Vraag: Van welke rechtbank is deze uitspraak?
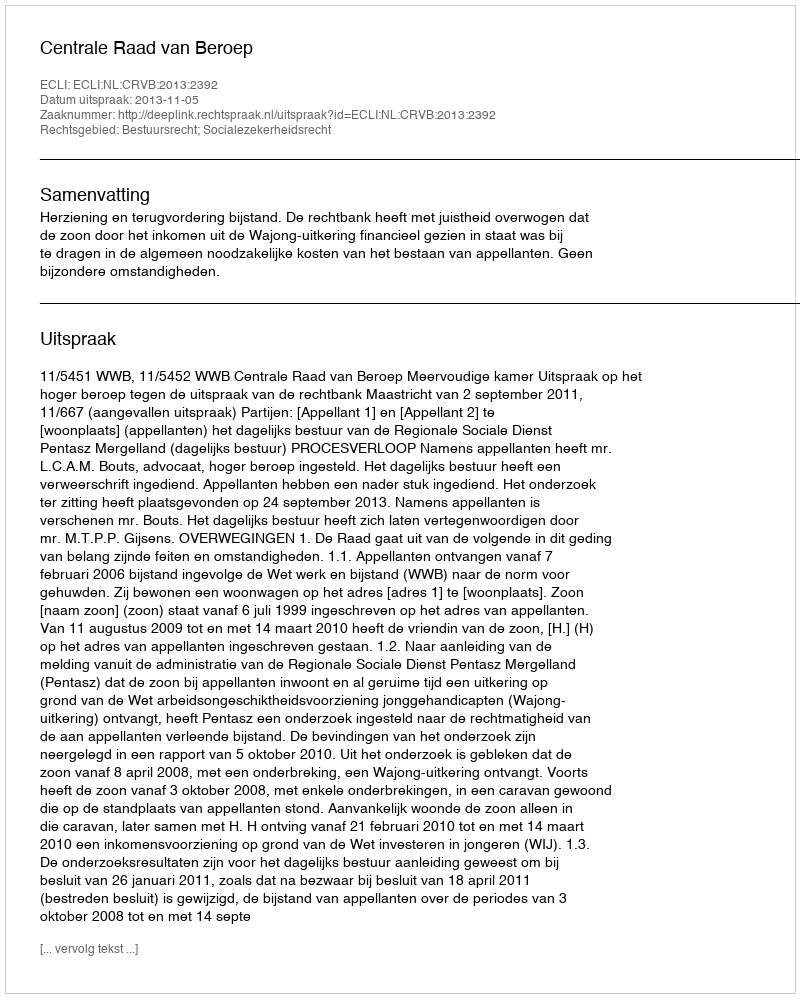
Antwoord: Centrale Raad van Beroep